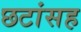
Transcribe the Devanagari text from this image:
छटांसह